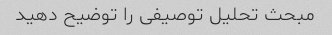
مبحث تحلیل توصیفی را توضیح دهید